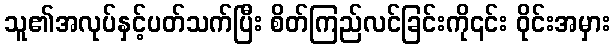
သူ၏အလုပ်နှင့်ပတ်သက်ပြီး စိတ်ကြည်လင်ခြင်းကို၎င်း ဝိုင်းအမှား